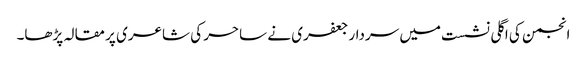
انجمن کی اگلی نشست میں سردار جعفری نے ساحر کی شاعری پر مقالہ پڑھا۔